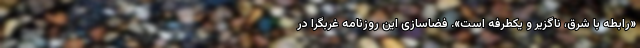
«رابطه با شرق، ناگزیر و یکطرفه است». فضاسازی این روزنامه غربگرا در